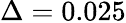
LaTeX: \Delta=0.025